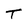
Character: T